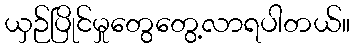
ယှဉ်ပြိုင်မှုတွေတွေ့လာရပါတယ်။